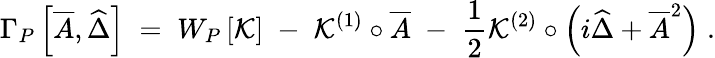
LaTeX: \Gamma_{P}\left[\overline{{{A}}},\widehat{\Delta}\right]\; =\; W_{P}\left[{\cal K}\right]\; -\; {\cal K}^{(1)}\circ\overline{{{A}}}\; -\; \frac{1}{2}{\cal K}^{(2)}\circ\left(i\widehat{\Delta}+\overline{{{A}}}^{2}\right)\; .